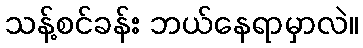
သန့်စင်ခန်း ဘယ်နေရာမှာလဲ။